Leaving Certificate Examination, 1912
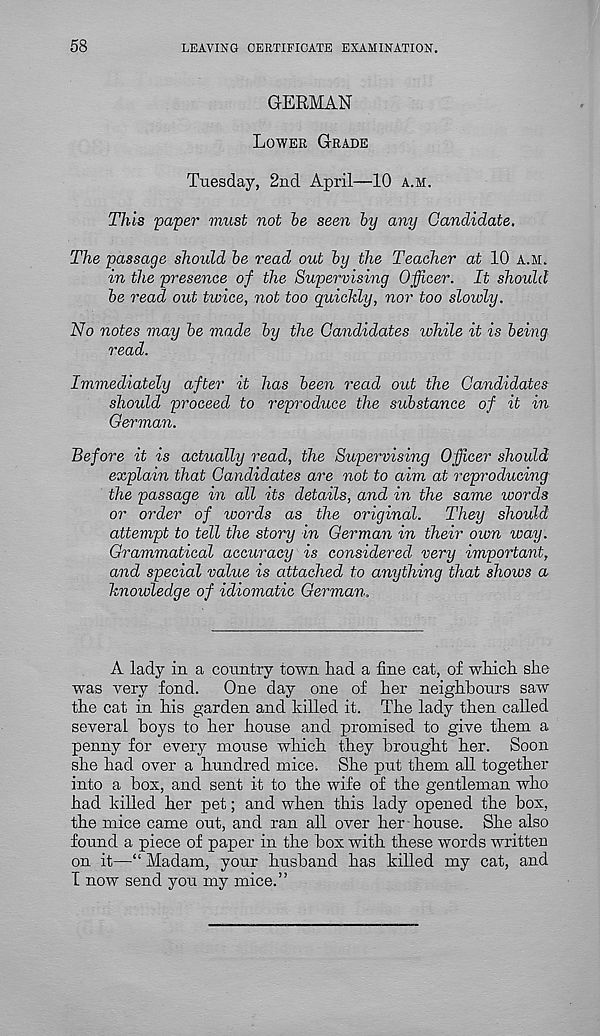
58
LEAVING CERTIFICATE EXAMINATION.
GERMAN
Lower Grade
Tuesday, 2nd April—10 a.h.
This 'paper must not be seen by any Candidate.
The passage should be read out by the Teacher at 10 a.m.
in the presence of the Supervising Officer. It should
be read out twice, not too quickly, nor too slowly.
No notes may be made by the Candidates while it is being
read.
Immediately after it has been read out the Candidates
should proceed to reproduce the substance of it in
German.
Before it is actually read, the Supervising Officer should
explain that Candidates are not to aim at reproducing
the passage in all its details, and in the same words
or order of words as the original.
They should
attempt to tell the story in German in their own way.
Grammatical accuracy is considered very important,
and special value is attached to anything that shows a
hnoivledge of idiomatic German,
A lady in a country town had a fine cat, of which she
was very fond.
One day one of her neighbours saw
the cat in his garden and killed it. The lady then called
several boys to her house and promised to give them a
penny for every mouse which they brought her. Soon
she had over a hundred mice. She put them all together
into a box, and sent it to the wife of the gentleman who
had killed her pet; and when this lady opened the box,
the mice came out, and ran all over her house. She also
found a piece of paper in the box with these words written
on it—“ Madam, your husband has killed my cat, and
T now send you my mice.”